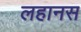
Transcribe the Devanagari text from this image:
लहानस